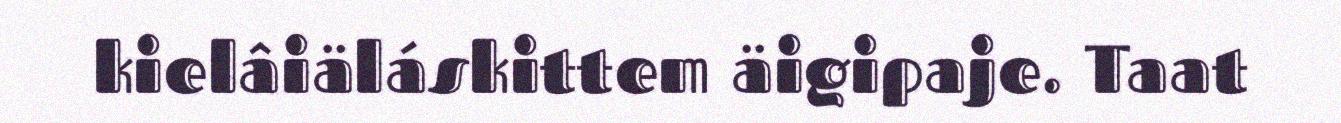
kielâiäláskittem äigipaje. Taat